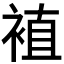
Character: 𫌁